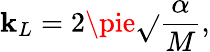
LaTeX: \mathbf{k}_{L}=2\pie\sqrt{}{{\frac{{\alpha}}{{M}}}},